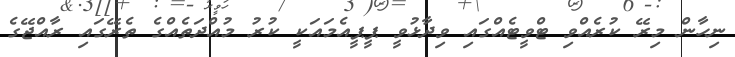
ނިހާން މިރޭ ކުރެއްވި ޓްވީޓެއްގައި ވިދާޅުވީ ޕީޕީއެމައަކީ ކުރު މުއްދަތެއްގެ ތެރޭގައި ރާއްޖޭގެ